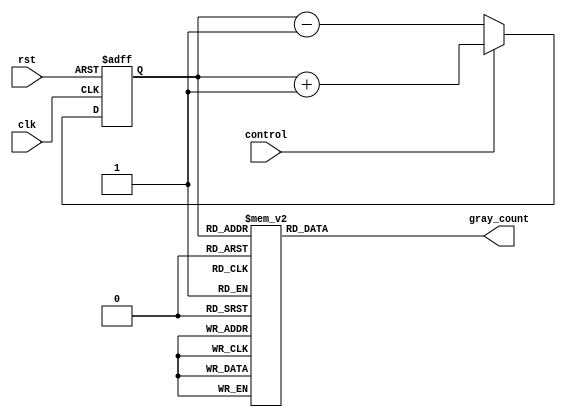
module up_down_gray_counter (
    input wire clk, // Clock signal
    input wire rst, // Reset signal
    input wire control, // Control signal
    output reg [3:0] gray_count // Gray code counter output
);

reg [3:0] binary_count; // Binary counter

always @(posedge clk or posedge rst) begin
    if (rst) begin
        binary_count <= 4'b0000;
    end else begin
        if (control) begin // Count up
            binary_count <= binary_count + 1;
        end else begin // Count down
            binary_count <= binary_count - 1;
        end
    end
end

// Convert binary count to Gray code
always @* begin
    case (binary_count)
        4'b0000: gray_count = 4'b0000;
        4'b0001: gray_count = 4'b0001;
        4'b0010: gray_count = 4'b0011;
        4'b0011: gray_count = 4'b0010;
        4'b0100: gray_count = 4'b0110;
        4'b0101: gray_count = 4'b0111;
        4'b0110: gray_count = 4'b0101;
        4'b0111: gray_count = 4'b0100;
        4'b1000: gray_count = 4'b1100;
        4'b1001: gray_count = 4'b1101;
        4'b1010: gray_count = 4'b1111;
        4'b1011: gray_count = 4'b1110;
        4'b1100: gray_count = 4'b1010;
        4'b1101: gray_count = 4'b1011;
        4'b1110: gray_count = 4'b1001;
        4'b1111: gray_count = 4'b1000;
        default: gray_count = 4'bxxxx; // Undefined state
    endcase
end

endmodule